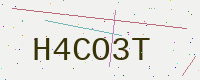
Text: H4CO3T